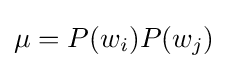
\mu =P(w_{i})P(w_{j})